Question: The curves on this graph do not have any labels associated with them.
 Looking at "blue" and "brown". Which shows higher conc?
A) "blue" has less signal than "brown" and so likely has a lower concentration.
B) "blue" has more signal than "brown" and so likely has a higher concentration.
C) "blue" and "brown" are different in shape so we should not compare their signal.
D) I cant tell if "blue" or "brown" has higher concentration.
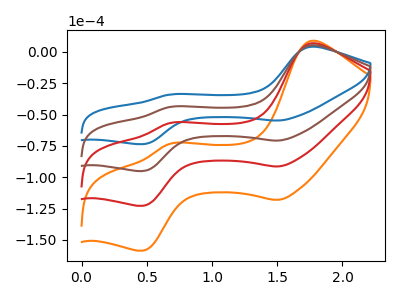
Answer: <think>The orange curve "orange" has anodic peaks at (1.75V, 15.75uA) (0.65V, -132.15uA) and cathodic peaks at (1.50V, -212.25uA) (0.45V, -285.15uA). The blue curve "blue" has anodic peaks at (1.75V, 4.05uA) (0.65V, -34.10uA) and cathodic peaks at (1.50V, -54.80uA) (0.45V, -73.60uA). The red curve "red" has anodic peaks at (1.75V, 10.50uA) (0.65V, -88.10uA) and cathodic peaks at (1.50V, -141.50uA) (0.45V, -190.10uA). The brown curve "brown" has anodic peaks at (1.75V, 5.25uA) (0.65V, -44.05uA) and cathodic peaks at (1.50V, -70.75uA) (0.45V, -95.05uA).
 All the peaks in "blue" have a peak in "brown" at the same potential.</think>
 <answer>D) I cant tell if "blue" or "brown" has higher concentration.</answer>
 <eval>D</eval>